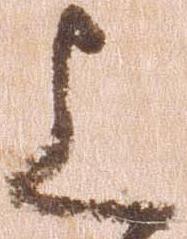
上